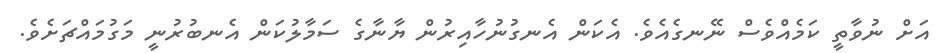
އަށް ނުވާތީ ކަމެއްވެސް ނޭނގެއެވެ. އެކަން އެނގުނުހާއިރުން ޔާނާގެ ސަމާލުކަން އެނބުރުނީ މަގުމައްޗަށެވެ.